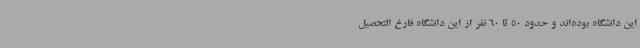
این دانشگاه بوده‌اند و حدود 50 تا 60 نفر از این دانشگاه فارغ التحصیل